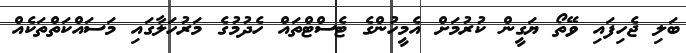
ބަލި ޖެހިފައި ވޭތޯ ޔަގީން ކުރުމަށް އެމީހުންގެ ޓެސްޓްތައް ހެދުމުގެ މަރުހަލާގައި މަސައްކަތްތަކެއް